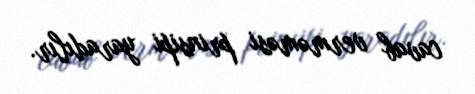
cavab verməməsi prinsipi yaradılır.